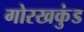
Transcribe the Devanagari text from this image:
गोरखकुंड